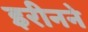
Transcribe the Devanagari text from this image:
इरीनने